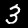
Digit: 3